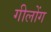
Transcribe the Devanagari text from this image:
गीलोंग